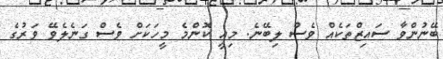
ބޭނުންވާ ސައިޒްތަކެއް ވެސް ލިބޭނެ. މިއީ ކޮންމެ މީހަކަށް ވެސް ގަނެލެވޭ ވަރުގެ